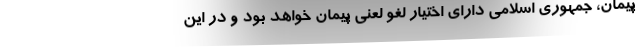
پیمان، جمهوری اسلامی دارای اختیار لغو لعنی پیمان خواهد بود و در این